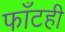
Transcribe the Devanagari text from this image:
फाँटही